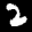
Label: 2